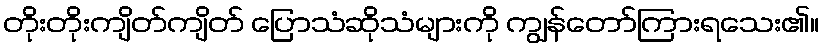
တိုးတိုးကျိတ်ကျိတ် ပြောသံဆိုသံများကို ကျွန်တော်ကြားရသေး၏။